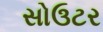
સોઉટર